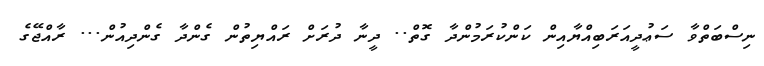
ނިސްބަތްވާ ސަޢުދީއަރަބިއްޔާއިން ކަންކުރަމުންދާ ގޮތް.. ދީނާ ދުރަށް ރައްޔިތުން ގެންދާ ގެންދިއުން... ރާއްޖޭގެ